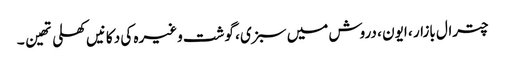
چترال بازار ، ایون ، دروش میں سبزی ، گوشت وغیرہ کی دکانیں کھلی تھین ۔